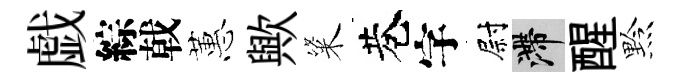
戯綜戟蕙歟粢巷字尉滯醒黔